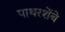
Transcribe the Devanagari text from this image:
पाथरशेंबे